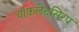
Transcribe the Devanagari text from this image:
चॉकलेटसिरप